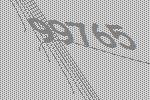
99765